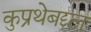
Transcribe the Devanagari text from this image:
कुप्रथेबद्दल